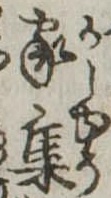
家集